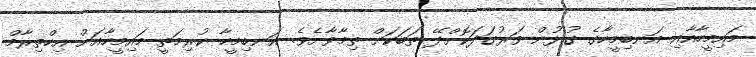
މައިމީހާއާއި އަނބިމީހާގެ ގުޅުން ވަރުގަދަކޮށްދޭ ތަބަކަށް ތިމާވާށެވެ. އަނބިމީހާ ކުރިމަތީ މައިމީހާއަށް އިހްތިރާމް